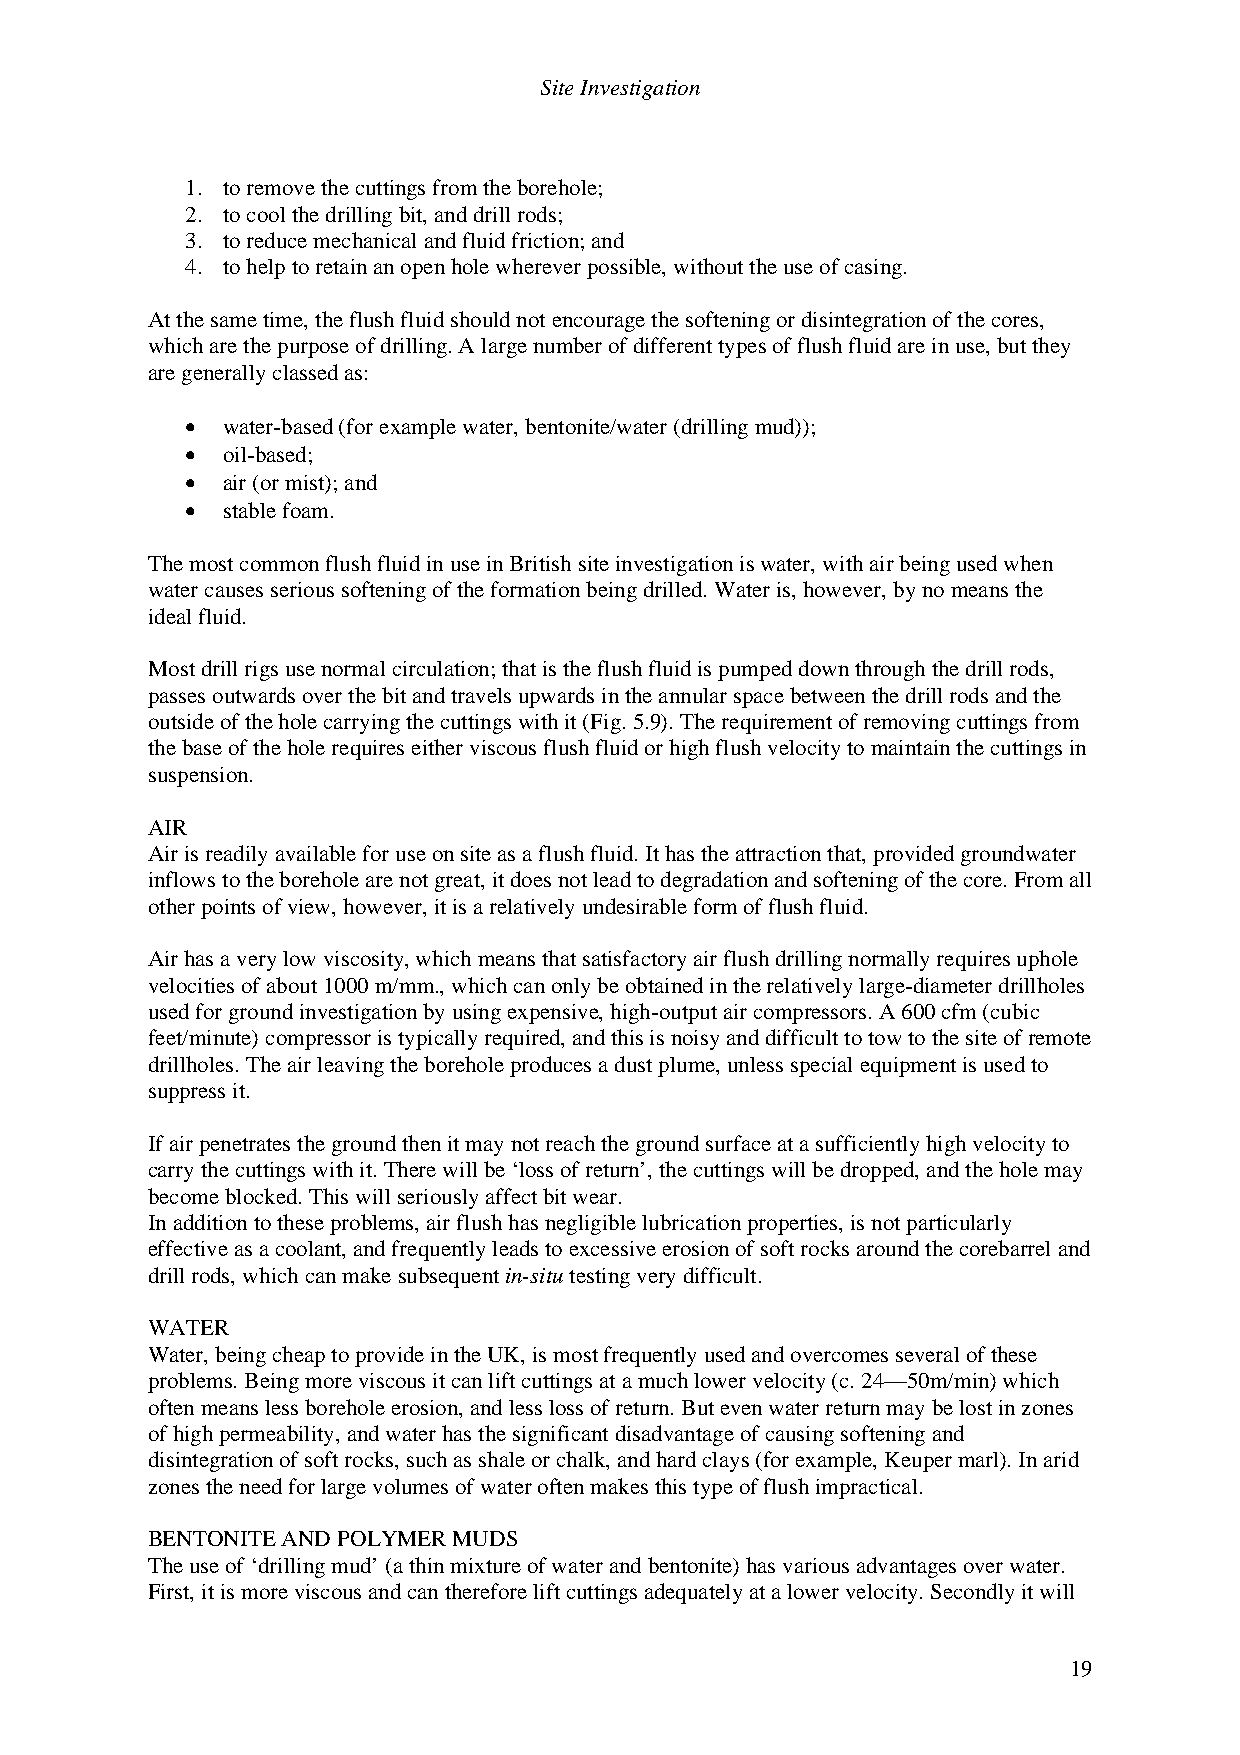
Site Investigation
 1. to remove the cuttings from the borehole;
 2. to cool the drilling bit, and drill rods;
 3. to reduce mechanical and fluid friction; and
 4. to help to retain an open hole wherever possible, without the use of casing.
 At the same time, the flush fluid should not encourage the softening or disintegration of the cores,
 which are the purpose of drilling. A large number of different types of flush fluid are in use, but they
 are generally classed as:
 •  water-based (for example water, bentonite/water (drilling mud));
 •  oil-based;
 •  air (or mist); and
 •  stable foam.
 The most common flush fluid in use in British site investigation is water, with air being used when
 water causes serious softening of the formation being drilled. Water is, however, by no means the
 ideal fluid.
 Most drill rigs use normal circulation; that is the flush fluid is pumped down through the drill rods,
 passes outwards over the bit and travels upwards in the annular space between the drill rods and the
 outside of the hole carrying the cuttings with it (Fig. 5.9). The requirement of removing cuttings from
 the base of the hole requires either viscous flush fluid or high flush velocity to maintain the cuttings in
 suspension.
 AIR
 Air is readily available for use on site as a flush fluid. It has the attraction that, provided groundwater
 inflows to the borehole are not great, it does not lead to degradation and softening of the core. From all
 other points of view, however, it is a relatively undesirable form of flush fluid.
 Air has a very low viscosity, which means that satisfactory air flush drilling normally requires uphole
 velocities of about 1000 m/mm., which can only be obtained in the relatively large-diameter drillholes
 used for ground investigation by using expensive, high-output air compressors. A 600 cfm (cubic
 feet/minute) compressor is typically required, and this is noisy and difficult to tow to the site of remote
 drillholes. The air leaving the borehole produces a dust plume, unless special equipment is used to
 suppress it.
 If air penetrates the ground then it may not reach the ground surface at a sufficiently high velocity to
 carry the cuttings with it. There will be ‘loss of return’, the cuttings will be dropped, and the hole may
 become blocked. This will seriously affect bit wear.
 In addition to these problems, air flush has negligible lubrication properties, is not particularly
 effective as a coolant, and frequently leads to excessive erosion of soft rocks around the corebarrel and
 drill rods, which can make subsequent in-situ testing very difficult.
 WATER
 Water, being cheap to provide in the UK, is most frequently used and overcomes several of these
 problems. Being more viscous it can lift cuttings at a much lower velocity (c. 24—50m/min) which
 often means less borehole erosion, and less loss of return. But even water return may be lost in zones
 of high permeability, and water has the significant disadvantage of causing softening and
 disintegration of soft rocks, such as shale or chalk, and hard clays (for example, Keuper marl). In arid
 zones the need for large volumes of water often makes this type of flush impractical.
 BENTONITE AND POLYMER MUDS
 The use of ‘drilling mud’ (a thin mixture of water and bentonite) has various advantages over water.
 First, it is more viscous and can therefore lift cuttings adequately at a lower velocity. Secondly it will
 19